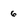
Character: 6